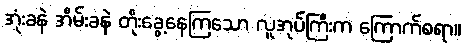
အုံးခနဲ အိမ်းခနဲ တိုးခွေ့နေကြသော လူအုပ်ကြီးက ကြောက်စရာ။